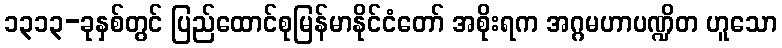
၁၃၁၃-ခုနှစ်တွင် ပြည်ထောင်စုမြန်မာနိုင်ငံတော် အစိုးရက အဂ္ဂမဟာပဏ္ဍိတ ဟူသော